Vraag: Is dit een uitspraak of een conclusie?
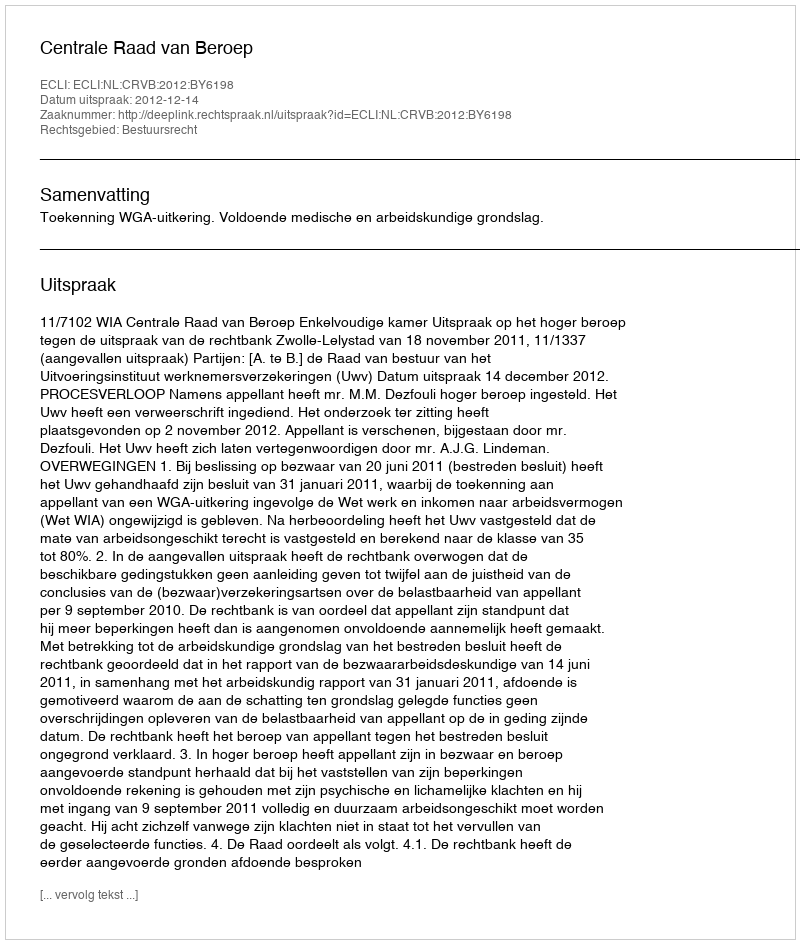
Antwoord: Uitspraak